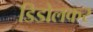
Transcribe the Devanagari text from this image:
डिडोलकर